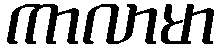
ကာလာမာ